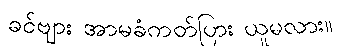
ခင်ဗျား အာမခံကတ်ပြား ယူမလား။